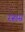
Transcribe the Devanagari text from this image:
रऱ्हास